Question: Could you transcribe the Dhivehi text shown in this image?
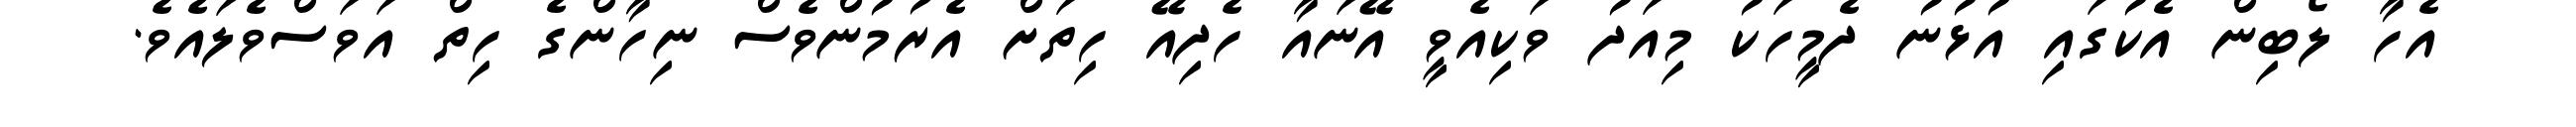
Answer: އެހާ ލޯބިން އެކުގައި އުޅުނު ދެމީހަކު މިއަދު ވަކިއެވީ އޭނައާ ހެދިއޭ ހިތަށް އެރުމުންވެސް ނިހާންގެ ހިތް އަވަސްވެލައެވެ.